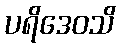
ပရိဒေဝသိ